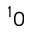
^ 1 0